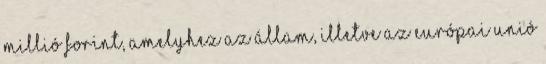
millió forint, amelyhez az állam, illetve az Európai Unió